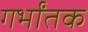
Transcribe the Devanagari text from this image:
गर्भांतक